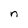
Character: n